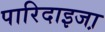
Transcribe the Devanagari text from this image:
पारिदाइजा़